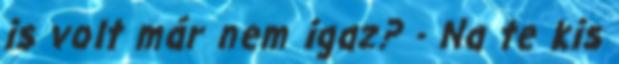
is volt már nem igaz? - Na te kis